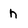
Character: n